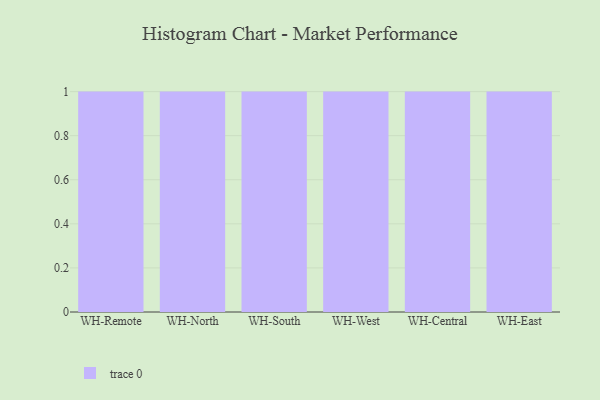
{"axis": {"x": "Warehouse", "y": "Gross Profit (USD K)"}, "legend": [""], "data": [{"x": "WH-Remote", "y": 95, "type": ""}, {"x": "WH-North", "y": 34, "type": ""}, {"x": "WH-South", "y": 8, "type": ""}, {"x": "WH-West", "y": 36, "type": ""}, {"x": "WH-Central", "y": 29, "type": ""}, {"x": "WH-East", "y": 94, "type": ""}]}